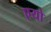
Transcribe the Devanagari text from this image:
एयो